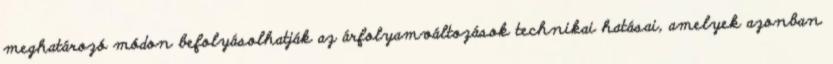
meghatározó módon befolyásolhatják az árfolyamváltozások technikai hatásai, amelyek azonban